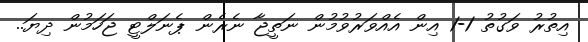
އިތުރު ވަގުތު 1-1 އިން އެއްވަރުވުމުން ނަތީޖާ ނެރެން ޕެނަލްޓީ ޖަހަމުން ދިޔަ..